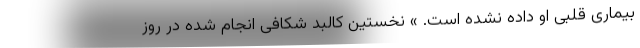
بیماری‌ قلبی او داده نشده است. » نخستین کالبد شکافی انجام شده در روز